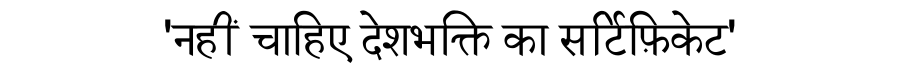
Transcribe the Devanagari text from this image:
'नहीं चाहिए देशभक्ति का सर्टिफ़िकेट'